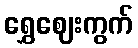
ရွှေဈေးကွက်